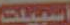
اسبيلت